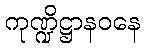
ကုဏ္ဍိဋ္ဌာနဝနေ